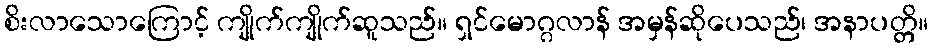
စိးလာသောကြောင့် ကျိုက်ကျိုက်ဆူသည်။ ရှင်မောဂ္ဂလာန် အမှန်ဆိုပေသည်၊ အနာပတ္တိ။